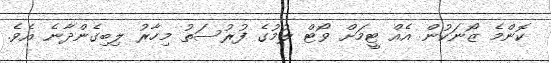
ކޮންމެ ޒޯނަކުން އެއް ޓީމަށް ވޯޓް ލުމުގެ ފުރުސަތު މިހާރު ލިބިގެންދާނެ އެވެ.